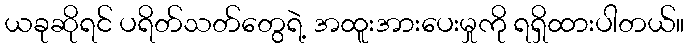
ယခုဆိုရင် ပရိတ်သတ်တွေရဲ့ အထူးအားပေးမှုကို ရရှိထားပါတယ်။